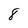
Character: 8